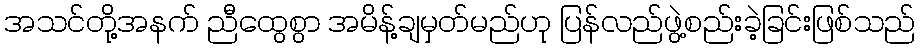
အသင်တို့အနက် ညီထွေစွာ အမိန့်ချမှတ်မည်ဟု ပြန်လည်ဖွဲ့စည်းခဲ့ခြင်းဖြစ်သည်